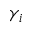
\gamma _ { i }